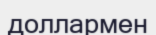
доллармен